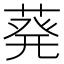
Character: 𫈴